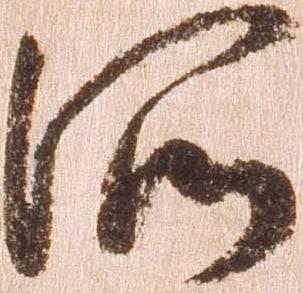
所